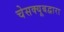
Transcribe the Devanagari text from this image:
चेसक्यूबद्वारा